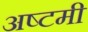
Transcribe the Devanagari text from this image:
अष्‍टमी